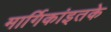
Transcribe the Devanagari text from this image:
मार्गिकांइतके